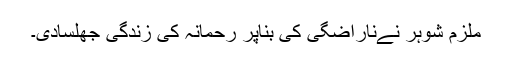
ملزم شوہر نےناراضگی کی بناپر رحمانہ کی زندگی جھلسادی۔